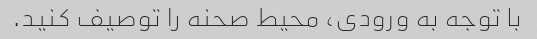
با توجه به ورودی، محیط صحنه را توصیف کنید.